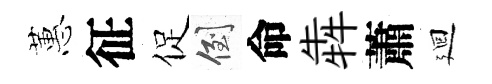
蕙征促倒命犇蕭廻